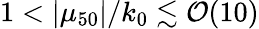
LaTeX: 1<|\mu_{50}|/k_{0}\lesssim{\cal O}(10)